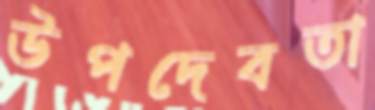
উপদেবতা